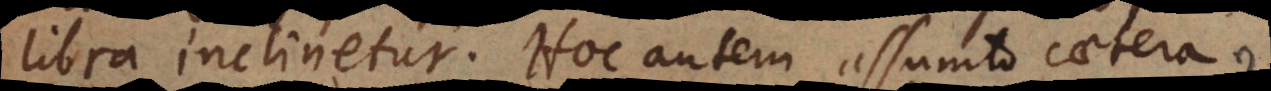
libra inclinetur. Hoc autem assumto caetera